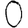
Digit: 0